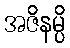
အဇိနမ္ပိ